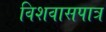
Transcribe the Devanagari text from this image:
विशवासपात्र